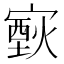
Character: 𤎟